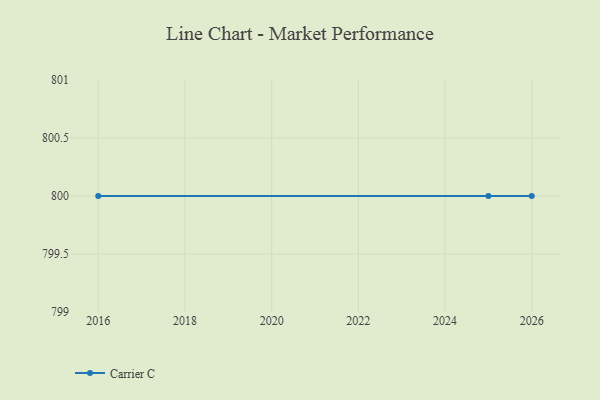
{"axis": {"x": "Year", "y": "Budget (USD K)"}, "legend": ["Carrier C"], "data": [{"x": "2016", "y": 800, "type": "Carrier C"}, {"x": "2025", "y": 800, "type": "Carrier C"}, {"x": "2026", "y": 800, "type": "Carrier C"}]}